Report of the Indian Hemp Drugs Commission, 1894-1895 - Volume VII
Year: 1894
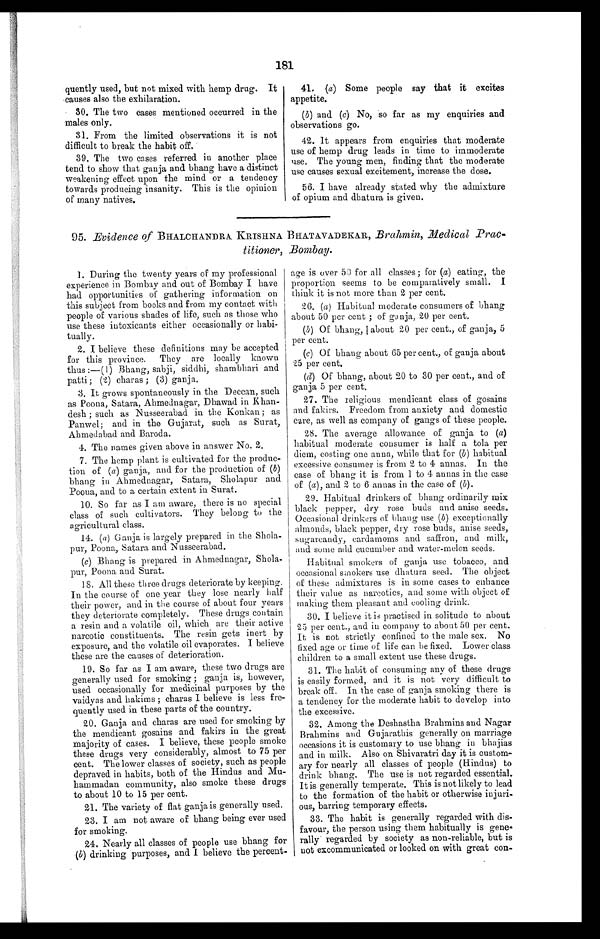
181
quently used, but not mixed with hemp drug. It
causes also the exhilaration.
30. The two cases mentioned occurred in the
males only.
31. From the limited observations it is not
difficult to break the habit off.
39. The two cases referred in another place
tend to show that ganja and bhang have a distinct
weakening effect upon the mind or a tendency
towards producing insanity. This is the opinion
of many natives.
41. (a) Some people say that it excites
appetite.
(b) and (c) No, so far as my enquiries and
observations go.
42. It appears from enquiries that moderate
use of hemp drug leads in time to immoderate
use. The young men, finding that the moderate
use causes sexual excitement, increase the dose.
56. I have already stated why the admixture
of opium and dhatura is given.
95. Evidence of BHALCHANDRA KRISHNA BHATAVADEKAR, Brahmin, Medical Prac
¬
titioner, Bombay.
1. During the twenty years of my professional
experience in Bombay and out of Bombay I have
had opportunities of gathering information on
this subject from books and from my contact with
people of various shades of life, such as those who
use these intoxicants either occasionally or habi-
tually.
2. I believe these definitions may be accepted
for this province. They are locally known
thus :—(1) Bhang, sabji, siddhi, shambhari and
patti; (2) charas ; (3) ganja.
3. It grows spontaneously in the Deccan, such
as Poona, Satara, Ahmednagar, Dhawad in
K h a n ¬ d e s h ; s u c h a s N u s s e e r a b a d i n t h e K o n k a n ; a s
Panwel; and in the Gujarat, such as Surat,
Ahmedabad and Baroda.
4. The names given above in answer No. 2.
7. The hemp plant is cultivated for the produc-
tion of (a) ganja, and for the production of ( b)
bhang in Ahmednagar, Satara, Sholapur and
Poona, and to a certain extent in Surat.
10. So far as I am aware, there is no special
class of such cultivators. They belong to the
agricultural class.
14. (a) Ganja is largely prepared in the Shola-
pur, Poona, Satara and Nusseerabad.
(c) Bhang is prepared in Ahmednagar, Shola-
pur, Poona and Surat.
18. All these three drugs deteriorate by keeping.
In the course of one year they lose nearly half
their power, and in the course of about four years
they deteriorate completely. These drugs contain
a resin and a volatile oil, which are their active
narcotic constituents. The resin gets inert by
exposure, and the volatile oil evaporates. I believe
these are the causes of deterioration.
19. So far as I am aware, these two drugs are
generally used for smoking ; ganja is, however,
used occasionally for medicinal purposes by the
vaidyas and hakims ; charas I believe is less fre-
quently used in these parts of the country.
20. Ganja and charas are used for smoking by
the mendicant gosains and fakirs in the great
majority of cases. I believe, these people smoke
these drugs very considerably, almost to 75 per
cent. The lower classes of society, such as people
depraved in habits, both of the Hindus and Mu-
hammadan community, also smoke these drugs
to about 10 to 15 per cent.
21. The variety of flat ganja is generally used.
23. I am not aware of bhang being ever used
for smoking.
24. Nearly all classes of people use bhang for
(b) drinking purposes, and I believe the percent-
age is over 50 for all classes; for (a) eating, the
proportion seems to be comparatively small. I
think it is not more than 2 per cent.
26. (a) Habitual moderate consumers of bhang
about 50 per cent ; of ganja, 20 per cent.
(b) Of bhang, about 20 per cent., of ganja, 5
per cent.
(c) Of bhang about 65 per cent., of ganja about
25 per cent.
(d) Of bhang, about 20 to 30 per cent., and of
ganja 5 per cent.
27. The religious mendicant class of gosains
and fakirs. Freedom from anxiety and domestic
care, as well as company of gangs of these people.
28. The average allowance of ganja to ( a)
habitual moderate consumer is half a tola per
diem, costing one anna, while that for ( b) habitual
excessive consumer is from 2 to 4 annas. In the
case of bhang it is from 1 to 4 annas in the case
of (a), and 2 to 6 annas in the case of ( b) .
29. Habitual drinkers of bhang ordinarily mix
black pepper, dry rose buds and anise seeds.
Occasional drinkers of bhang use ( b) exceptionally
almonds, black pepper, dry rose buds, anise seeds,
sugarcandy, cardamoms and saffron, and milk,
and seine add cucumber and water-melon seeds.
Habitual smokers of ganja use tobacco, and
occasional smokers use dhatura seed. The object
of these admixtures is in some cases to enhance
their value as narcotics, and some with object of
making them pleasant and cooling drink.
30. I believe it is practised in solitude to about
25 per cent., and in company to about 50 per cent.
It is not strictly confined to the male sex. No
fixed age or time of life can be fixed. Lower class
children to a small extent use these drugs.
31. The habit of consuming any of these drugs
is easily formed, and it is not very difficult to
break off. In the case of ganja smoking there is
a tendency for the moderate habit to develop into
the excessive.
32. Among the Deshastha Brahmins and Nagar
Brahmins and Gujarathis generally on marriage
occasions it is customary to use bhang in bhajias
and in milk. Also on Shivaratri day it is custom-
ary for nearly all classes of people (Hindus) to
drink bhang. The use is not regarded essential.
It is generally temperate. This is not likely to lead
to the formation of the habit or otherwise injuri-
ous, barring temporary effects.
33. The habit is generally regarded with dis-
favour, the person using them habitually is gene-
rally regarded by society as non-reliable, but is
not excommunicated or looked on with great con-